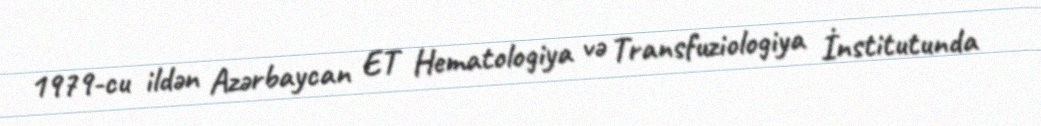
1979-cu ildən Azərbaycan ET Hematologiya və Transfuziologiya İnstitutunda